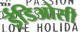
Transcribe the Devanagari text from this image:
ईडिओसी